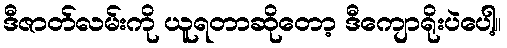
ဒီဇာတ်လမ်းကို ယူရတာဆိုတော့ ဒီကျောရိုးပဲပေါ့။